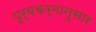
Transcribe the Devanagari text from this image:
पूर्वकर्मानुसार